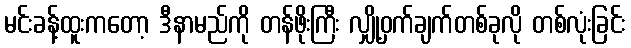
မင်းခန့်ထူးကတော့ ဒီနာမည်ကို တန်ဖိုးကြီး လျှို့ဝှက်ချက်တစ်ခုလို တစ်လုံးခြင်း